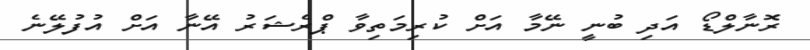
ރޮނާލްޑޯ އަދި ބުނީ ނޭމާ އަށް ކުރިމަތިވާ ޕްރެޝަރު އޭނާ އަށް އުފުލޭނެ